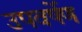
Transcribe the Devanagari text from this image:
उपवर्षेण